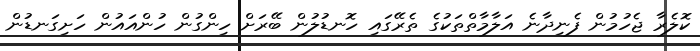
ކޮލެރާ ޖެހުމުން ފެނިދާނެ އަލާމާތްތަކުގެ ތެރޭގައި ހޮނޑުލުން ބޭރަށް ހިންގުން ހުންއައުން ހަށިގަނޑުން